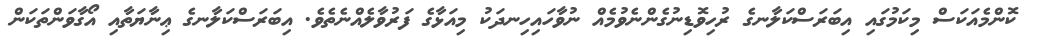
ކޮންމެއަކަސް މިކަމުގައި އިބަރަސްކަލާނގެ ރުހިވޮޑިނުގެންނެވުމެއް ނުވާހައިހިނދަކު މިއަޅާގެ ފަރުވާލެއްނެތެވެ. އިބަރަސްކަލާނގެ ޢިނާޔަތާއި އޯގާވަންތަކަން